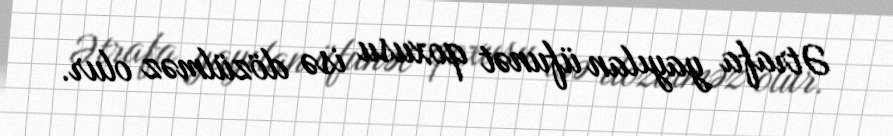
Ətrafa yayılan üfunət qoxusu isə dözülməz olur.